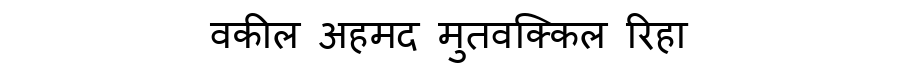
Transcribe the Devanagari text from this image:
वकील अहमद मुतवक्किल रिहा